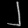
Digit: ၂